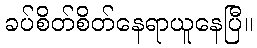
ခပ်စိတ်စိတ်နေရာယူနေပြီ။